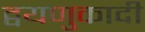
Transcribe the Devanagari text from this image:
द्वयणुकादी